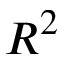
R ^ { 2 }